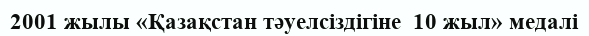
2001 жылы «Қазақстан тәуелсіздігіне  10 жыл» медалі